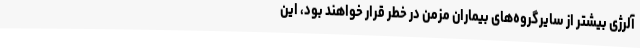
آلرژی بیشتر از سایرگروه‌های بیماران مزمن در خطر قرار خواهند بود، این